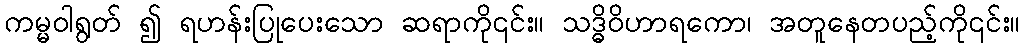
ကမ္မဝါရွတ် ၍ ရဟန်းပြုပေးသော ဆရာကို၎င်း။ သဒ္ဓိဝိဟာရကော၊ အတူနေတပည့်ကို၎င်း။